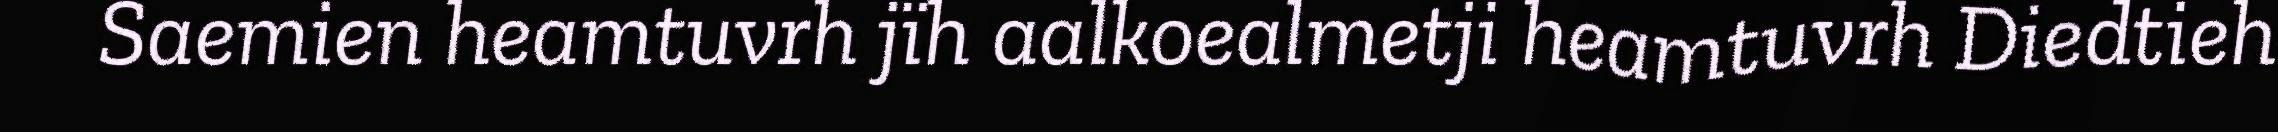
Saemien heamtuvrh jïh aalkoealmetji heamtuvrh Diedtieh